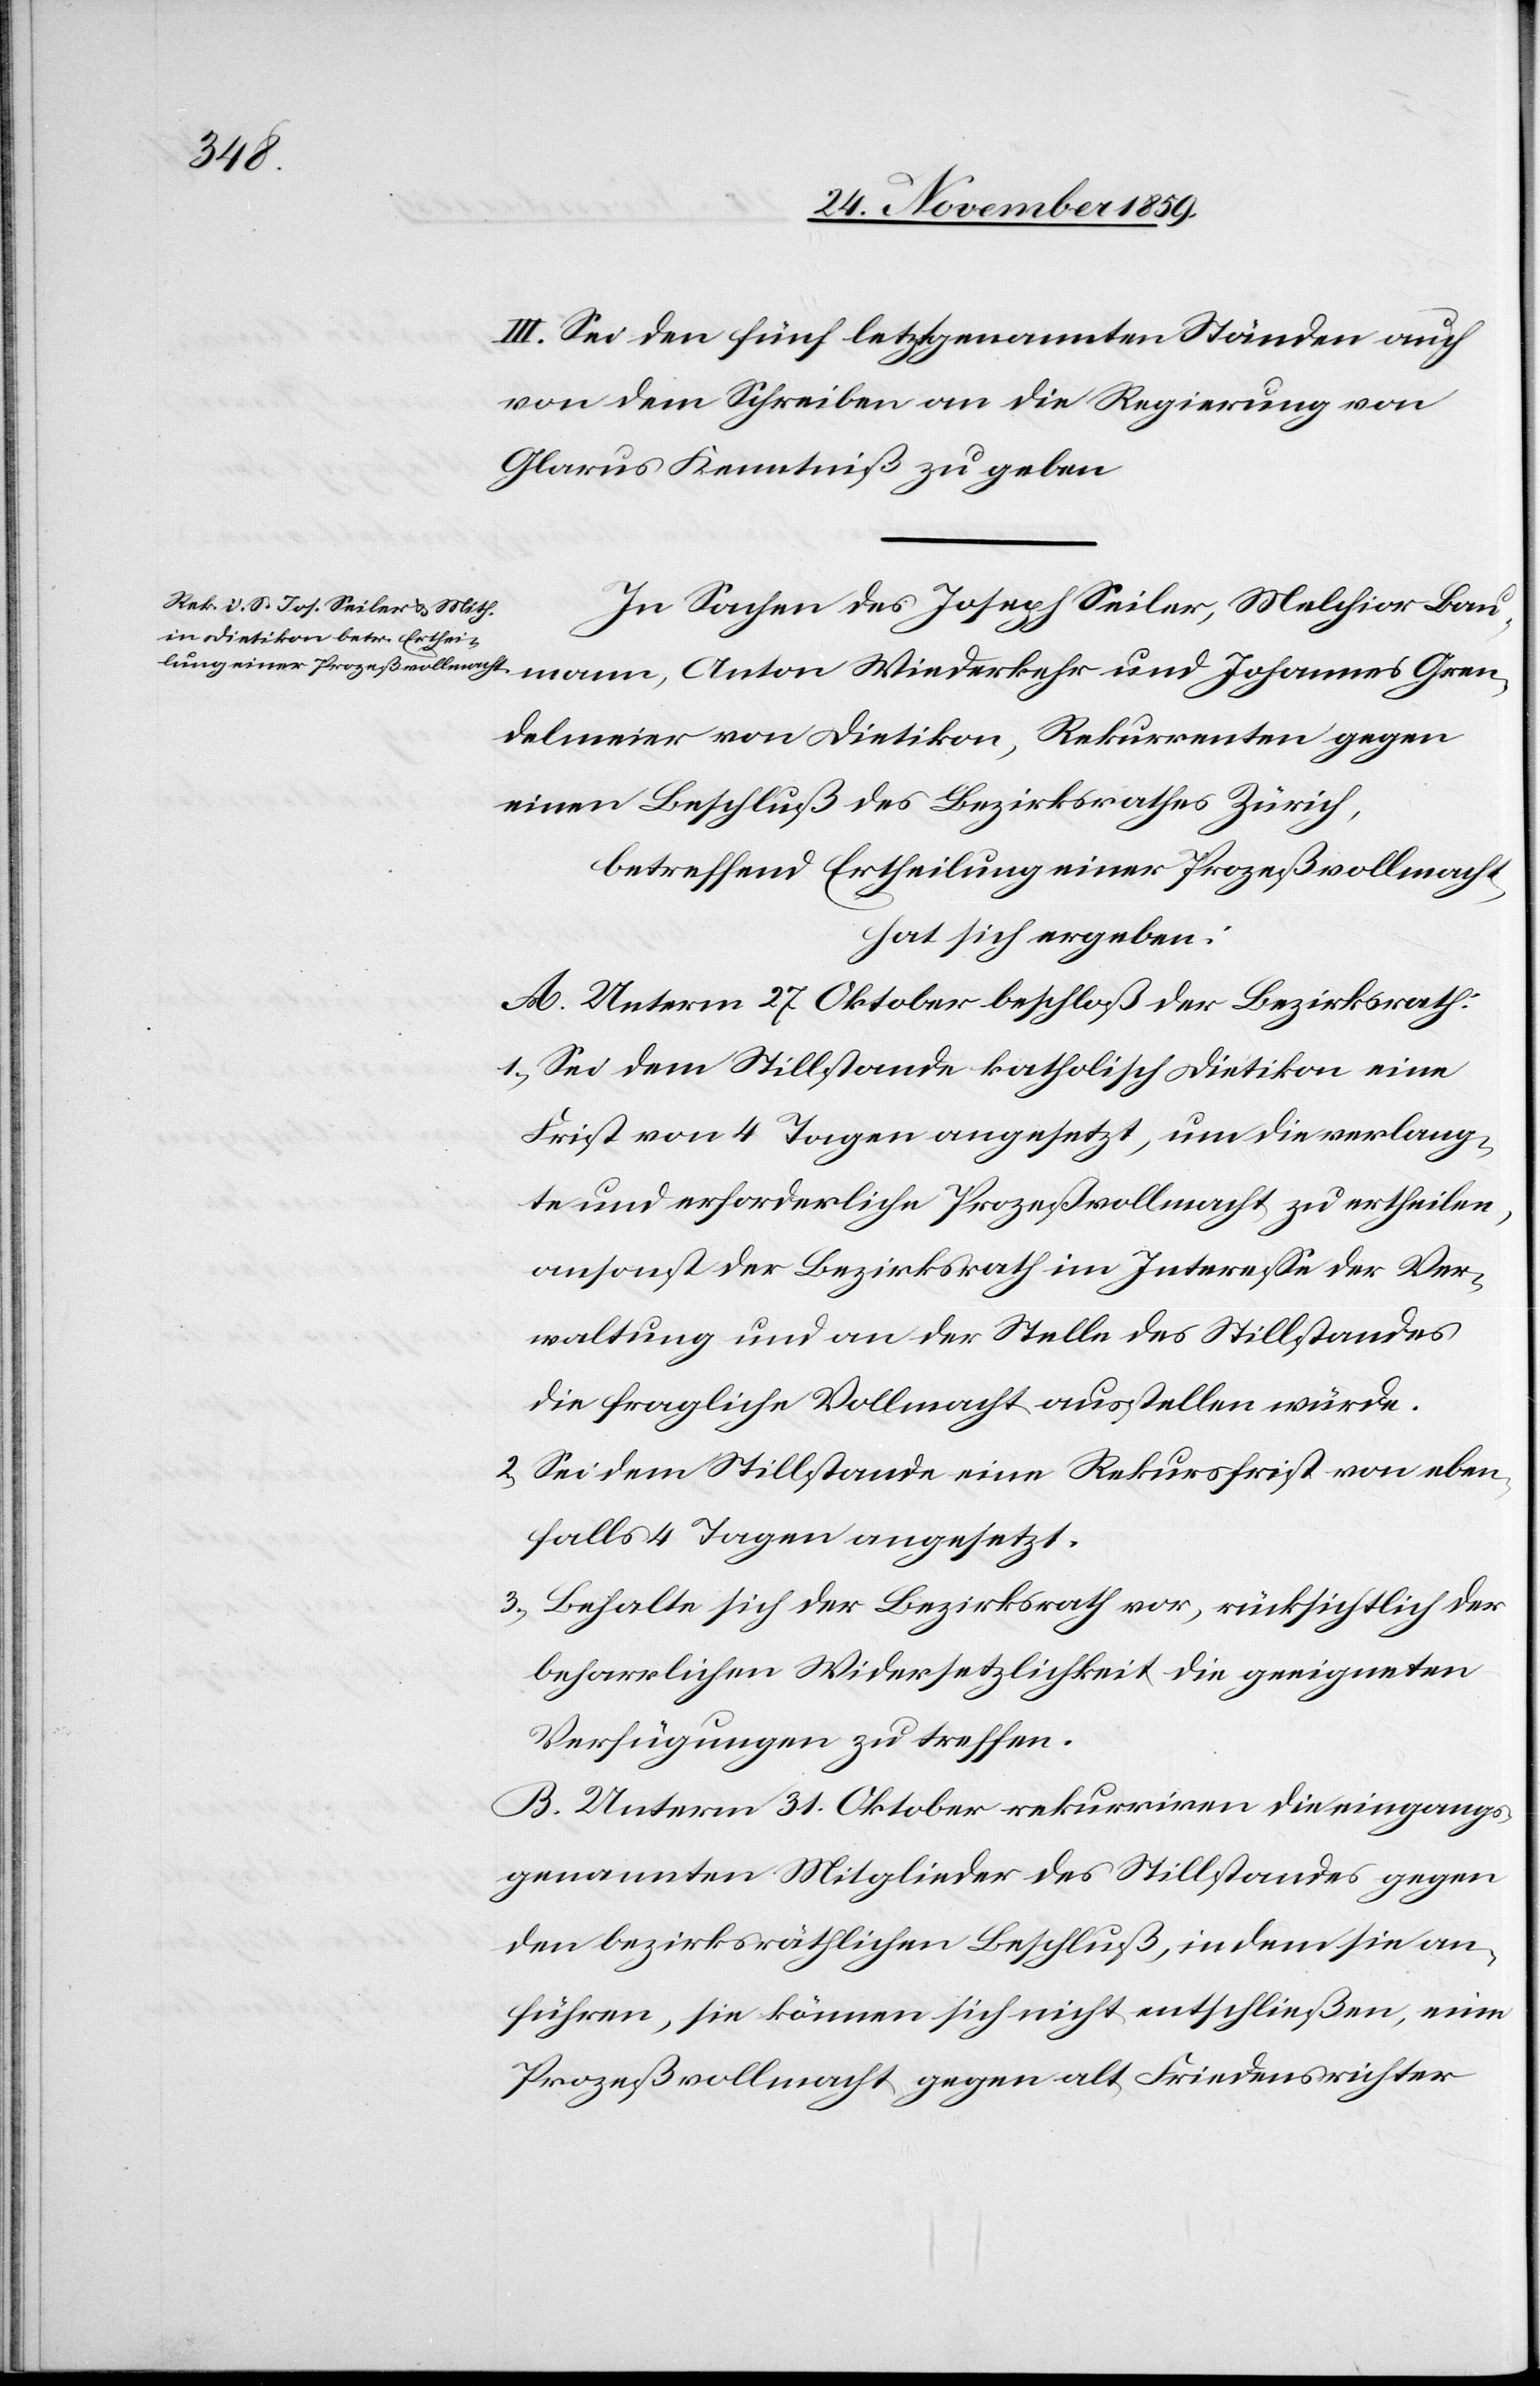
III. Sei den fünf letztgenannten Ständen auch
von dem Schreiben an die Regierung von
Glarus Kenntniß zu geben.
In Sachen des Joseph Seiler, Melchior Baumann,
Grendelmeier von Dietikon, Rekurrenten gegen
einen Beschluß des Bezirksrathes Zürich,
betreffen Ertheilung einer Prozeßvollmacht,
hat sich ergeben:
A. Unterm 27. Oktober beschloß der Bezirksrath:
1) Sei dem Stillstande katholisch Dietikon eine
Frist von 4 Tagen angesetzt, um die verlang¬
te und erforderliche Prozeßvollmacht zu ertheilen,
ansonst der Bezirksrath im Interesse der Ver¬
waltung und an der Stelle des Stillstandes
die fragliche Vollmacht ausstellen würde.
2) Sei dem Stillstande eine Rekursfrist von eben¬
falls 4 Tagen angesetzt.
3) Behalte sich der Bezirksrath vor, rücksichtlich der
beharrlichen Widersetzlichkeit die geeigneten
Verfügungen zu treffen.
B. Unterm 31. Oktober rekurriren die eingangs
genannten Mitglieder des Stillstandes gegen
den bezirksräthlichen Beschluß, indem sie an¬
führen, sie können sich nicht entschließen, eine
Prozeßvollmacht gegen alt Friedensrichter